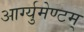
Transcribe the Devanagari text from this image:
आर्ग्युमेण्टम्